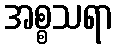
အစ္စသရာ